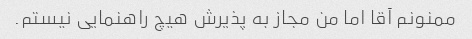
ممنونم آقا اما من مجاز به پذیرش هیچ راهنمایی نیستم.